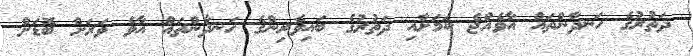
ދަތުރުގެ ހަނދާންތައް އާވެއްޖެ ކަމަށާއި ދަތުރުގެ ބައިވެރިންގެ ހަނދާންތައް އާވެ ވަރަށް ބޮޑަށް